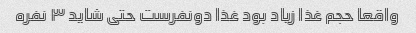
واقعا حجم غذا زیاد بود غذا دونفرست حتی شاید ۳ نفره